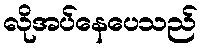
လိုအပ်နေပေသည်